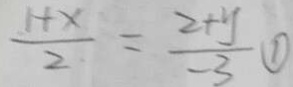
\frac { 1 + x } { 2 } = \frac { 2 + y } { - 3 } \textcircled { 1 }